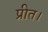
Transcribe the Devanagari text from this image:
प्रीत।